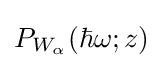
P_{W_{\alpha }}(\hbar \omega ;z)